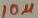
Text: 10µ